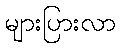
များပြားလာ